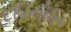
દધિનૌતિ